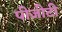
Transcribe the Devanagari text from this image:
पीजीटी